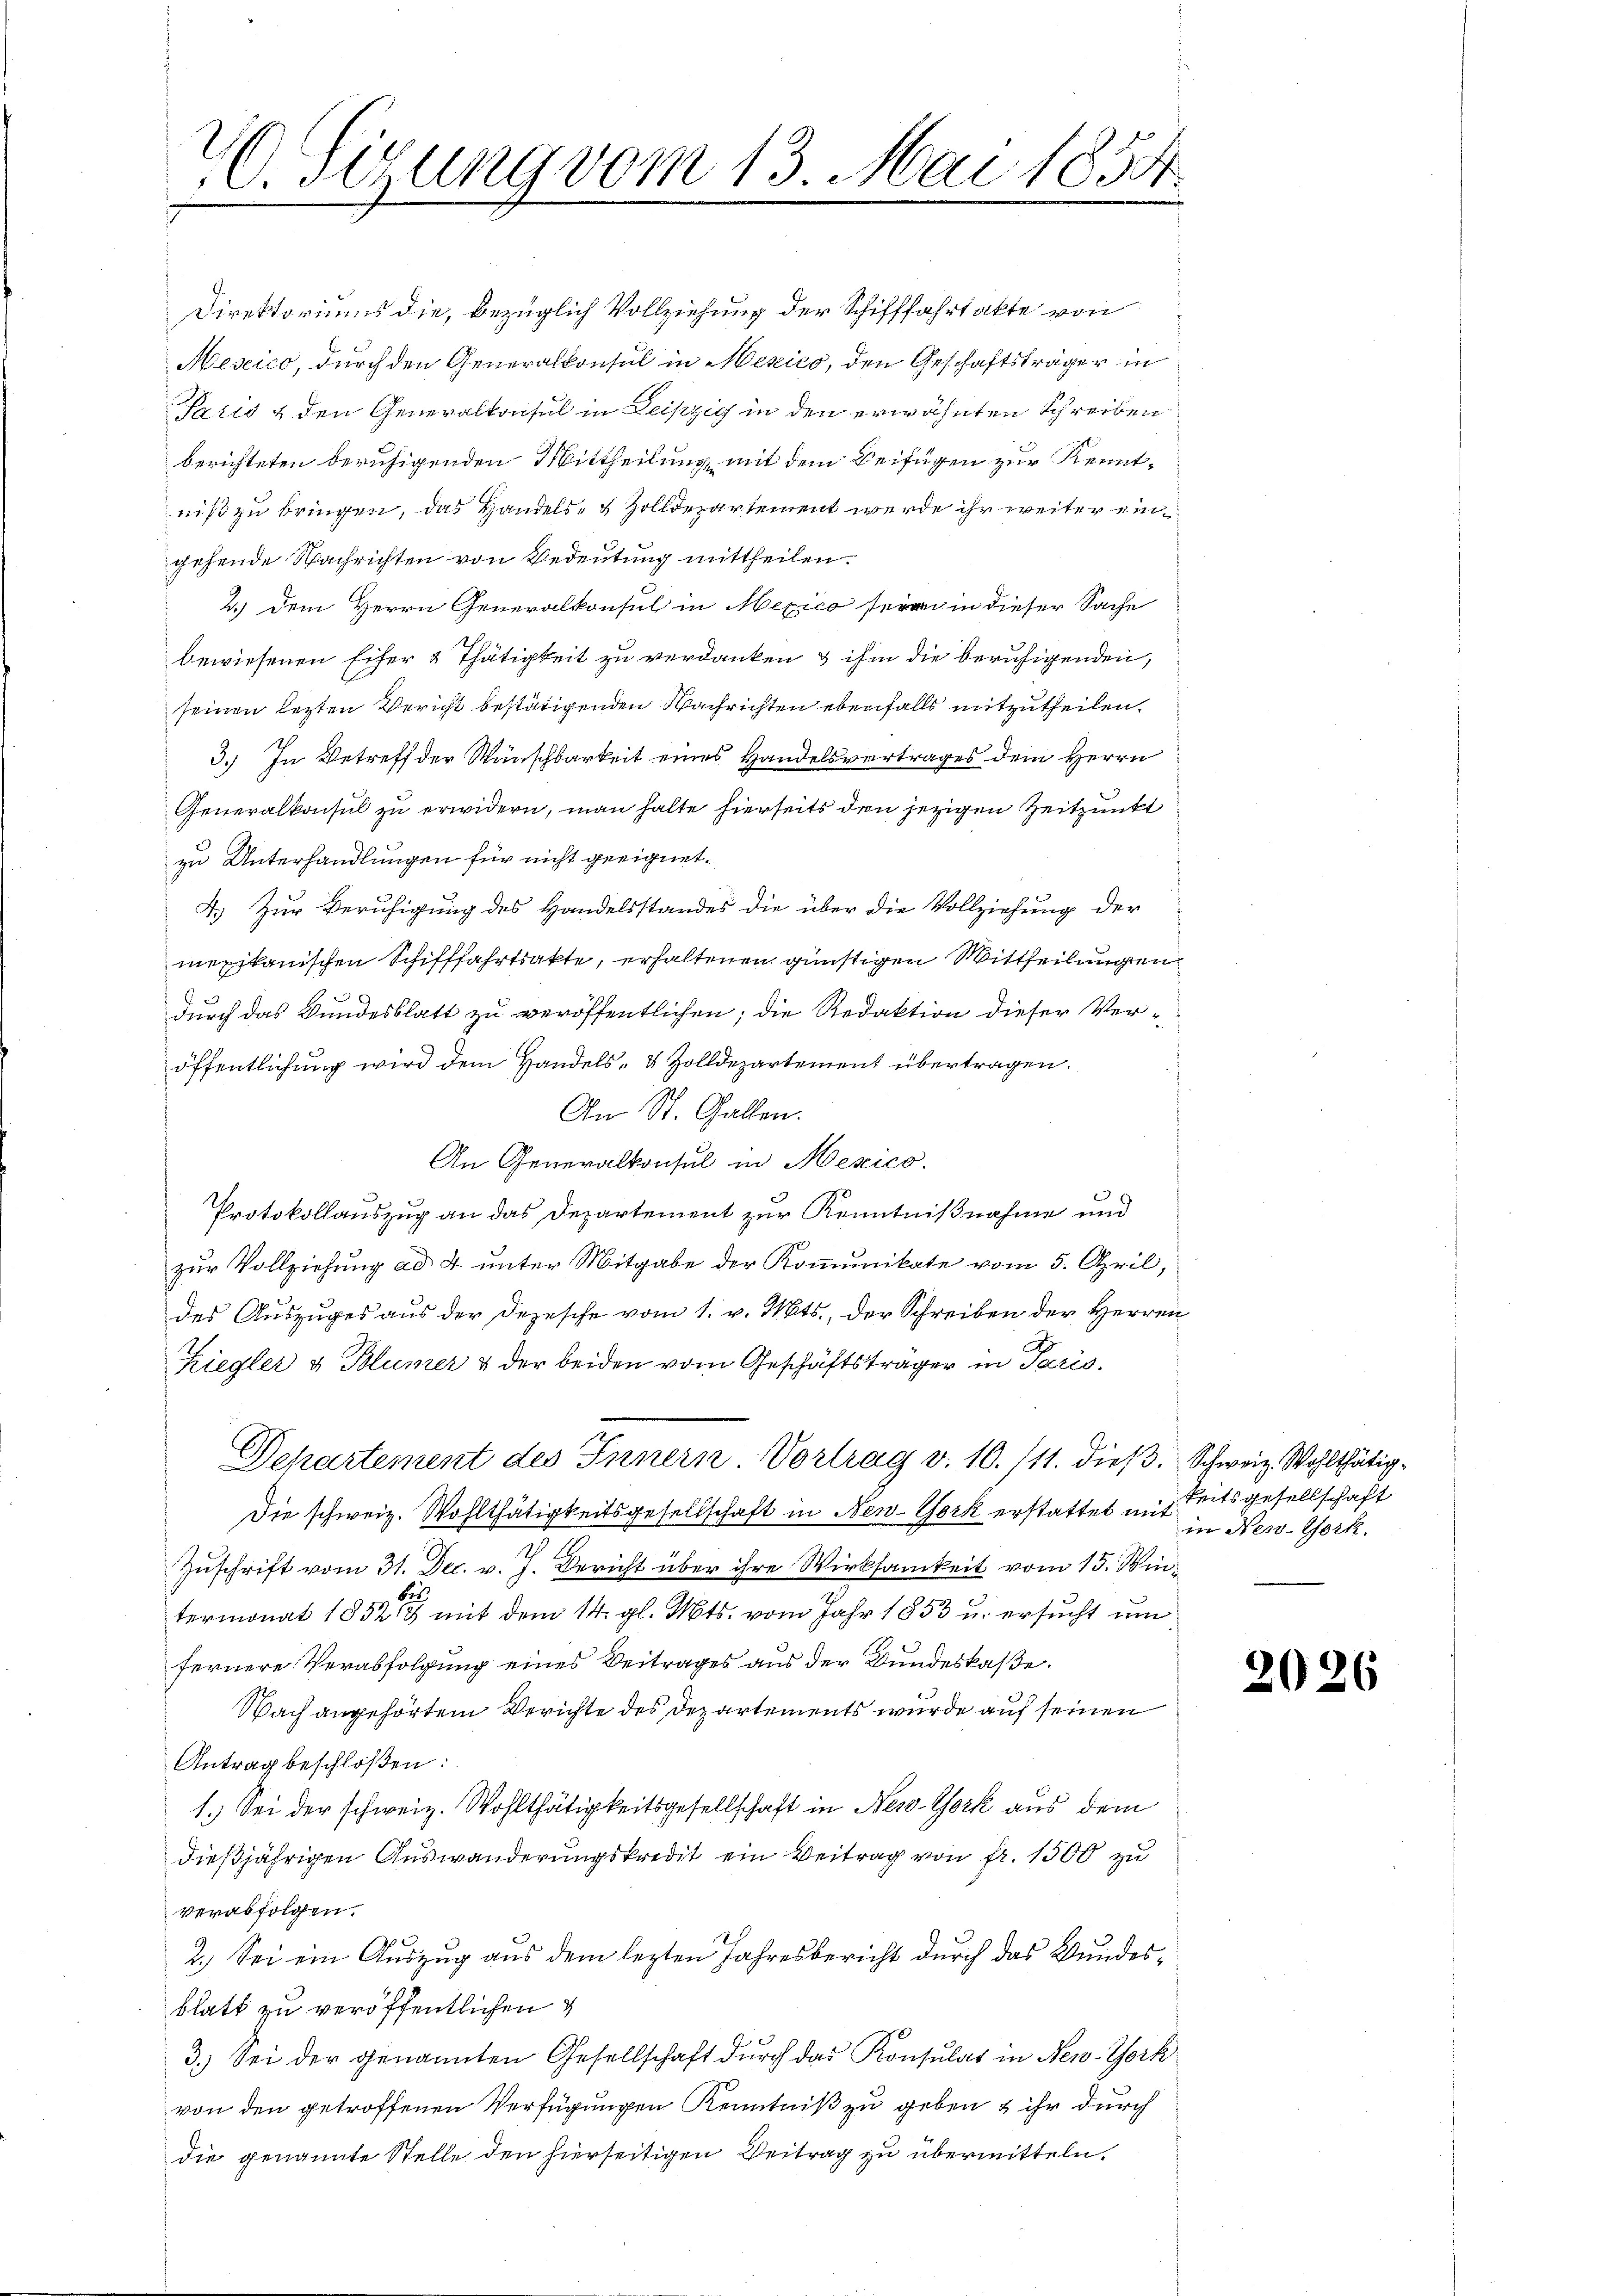
20. Sigung vom 13. Mai 1854.

Direktoriums die, bezüglich Vollziehung der Schifffahrtakte von
Nexico, durch den Generalkonsul in Mexico, den Geschäftsträger in
Paris & den Generalkonsul in Leipzig in den erwähnten Schreiben
berichteten beruhigenden Mittheilung mit dem Beifügen zur Kenntniß zu bringen, das Handels- & Zolldepartement werde ihr weiter eingehende Nachrichten von Bedeutung mittheilen.
 2.) Dem Herrn Generalkonsul in Mexico fern in dieser Sache
bewiesenen Eifer & Thätigkeit zu verdanken & ihm die beruhigenden,
seinen lezten Bericht bestätigenden Nachrichten ebenfalls mitzutheilen.
3.) In Betreff der Wünschbarkeit eines Handelsvertrages dem Herrn
Generalkonsul zu erwidern, man halte hierseits den jezigen Zeitpunkt
zu Unterhandlungen für nicht geeignet.
4.) Zur Beruhigung des Handelsstandes die über die Vollziehung der
mexikanischen Schifffahrtsakte, erhaltenen günstigen Mittheilungen
durch das Bundesblatt zu veröffentlichen; die Redaktion dieser Veröffentlichung wird dem Handels- & Zolldepartement übertragen.
An St. Gallen.
An Generalkonsul in Mexico.
s
Protokollauszug an das Departement zur Kenntnißnahme und
zur Vollziehung ad 4 unter Mitgabe der Kommunikate vom 5. April,
des Auszuges aus der Depesche vom 1. v. Mts., der Schreiben der Herren
Ziegler & Blümer & der beiden vom Geschäftsträger in Paris.
Departement des Innern. Vortrag v. 10./11. dieß. Schweiz. Wohlthätig¬
Die schweiz. Wohlthätigkeitsgesellschaft in New-York erstattet mit
1
Zuschrift vom 31. Dec. v. J. Bericht über ihre Wirksamkeit vom 15. Wintermonat 1852 mit dem 14. gl. Mts. vom Jahr 1853 u. ersucht um
fernere Verabfolgung eines Beitrages aus der Bundeskasse.
Nach angehörtem Berichte des Departements wurde auf seinen
Antrag beschloßen:
1.) Sei der schweiz. Wohlthätigkeitsgesellschaft in New-York aus dem
dießjährigen Auswanderungskredit ein Beitrag von fr. 1500 zu
verabfolgen.
2.) Sei ein Auszug aus dem lezten Jahresbericht durch das Bundesblatt zu veröffentlichen
3.) Sei der genannten Gesellschaft durch das Konsulat in New-York
von den getroffenen Verfügungen Kenntniß zu geben & ihr durch
die genannte Stelle den hierseitigen Veitrag zu übermitteln.

Reitsgesellschaft
in New-York.

2026